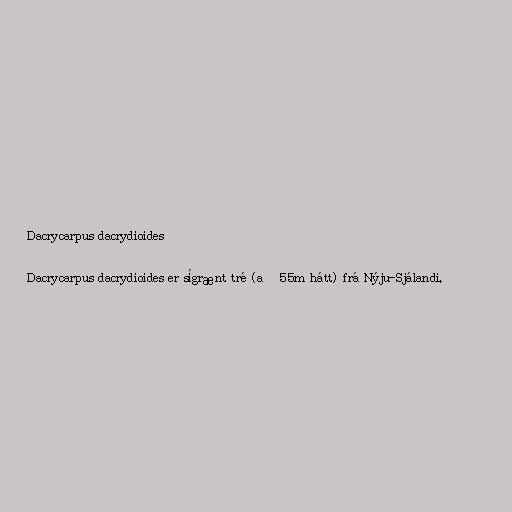
Dacrycarpus dacrydioides

Dacrycarpus dacrydioides er sígrænt tré (að 55m hátt) frá Nýju-Sjálandi.